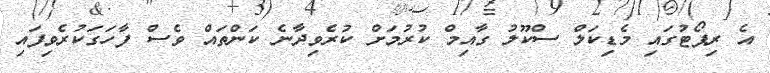
އެ ރިޕޯޓުގައި މެޑިކަލް ސްކޫލު ގާއިމް ކުރުމަށް ކުރެވިދާނެ ކަންތައް ވެސް ފާހަގަކުރެވިފައި